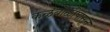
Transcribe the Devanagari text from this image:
कळंबोळीपासून